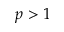
p > 1